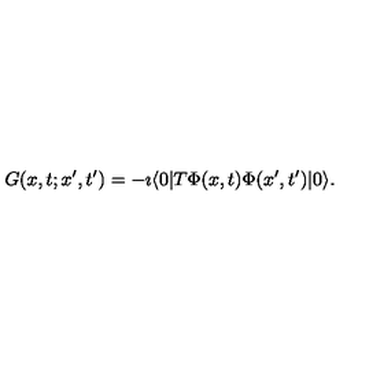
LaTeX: G ( x , t ; x ^ { \prime } , t ^ { \prime } ) = - \imath \langle 0 | T \Phi ( x , t ) \Phi ( x ^ { \prime } , t ^ { \prime } ) | 0 \rangle .